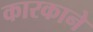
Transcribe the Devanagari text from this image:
कारकाने